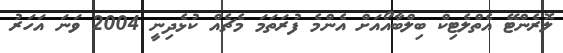
ލޮރެންޓޭ އެތްލެޓިކް ބިލްބާއޯއަށް އެންމެ ފުރަތަމަ މެޗެއް ކުޅެދިނީ 2004 ވަނަ އަހަރު